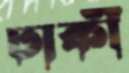
ঢাকী